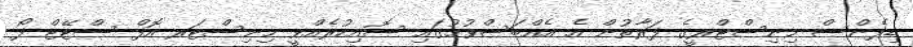
ޑިފެންސް މިނިސްޓްރީގެ ފަރާތުން އެ އެއްބަސްވުމުގައި ސޮއިކުރެއްވީ މިނިސްޓަރ އޮފް ސްޓޭޓް ފޯ